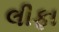
લીફા